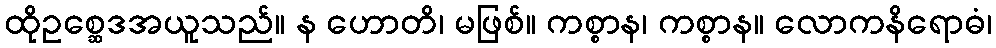
ထိုဥစ္ဆေဒအယူသည်။ န ဟောတိ၊ မဖြစ်။ ကစ္စာန၊ ကစ္စာန။ လောကနိရောဓံ၊